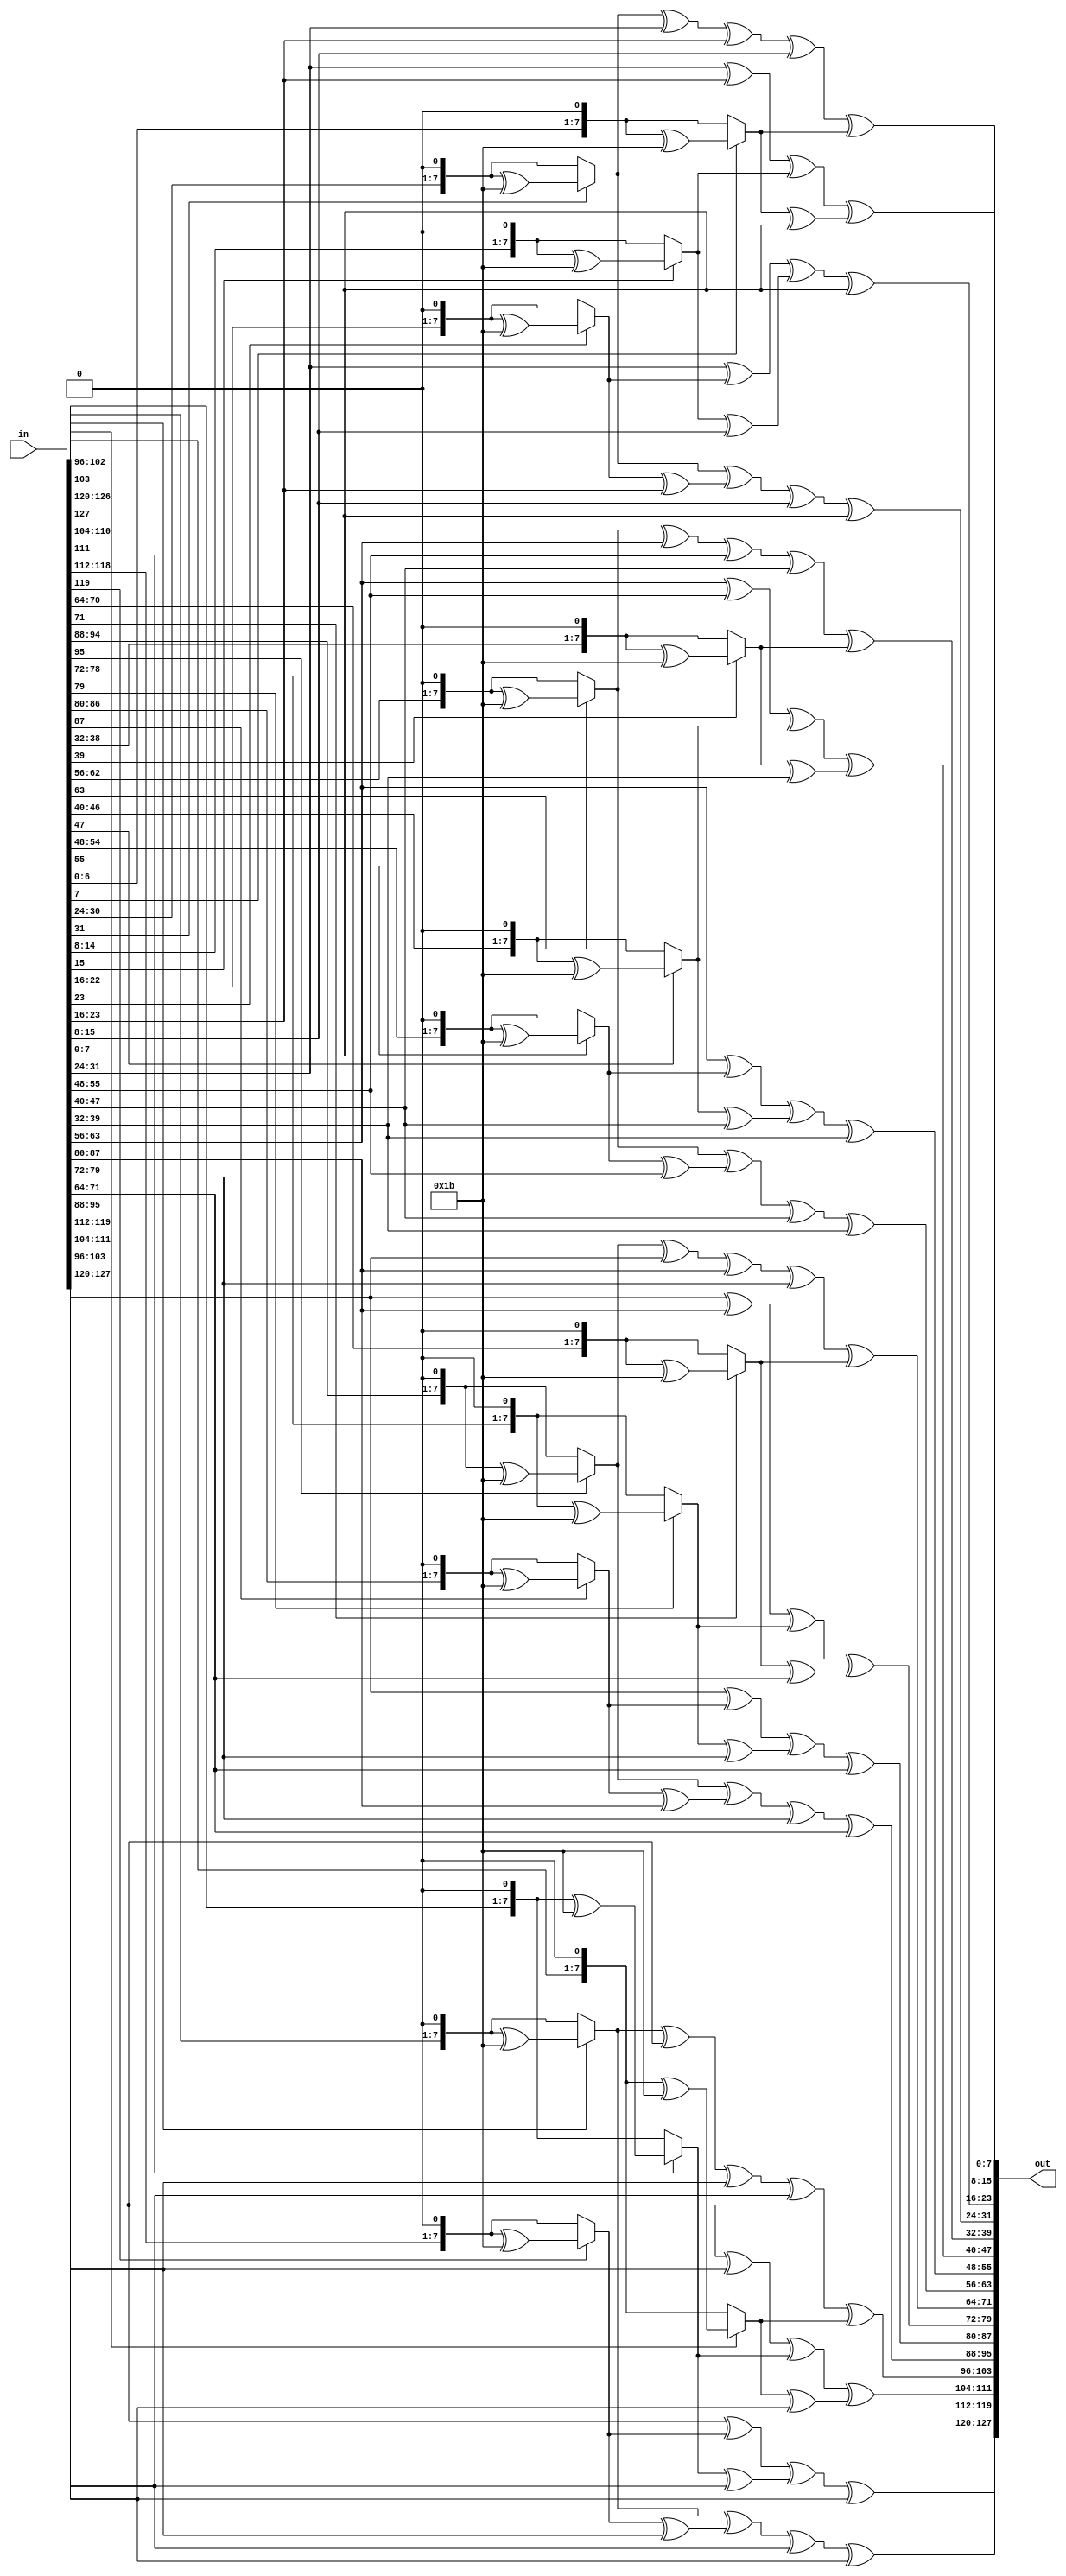
module mixColumns(in, out);

input [127:0] in;
output[127:0] out;

function [7:0] mb2;
	input [7:0] x;
	begin 
        // module x^8 + x^4 + x^3 + x + 1
        //    9'b(x << 1) xor 9'b(1'0001'1011)
        // => 8'b(x << 1) xor 8'b(0001'1011) (because x[8] = 1)
		if(x[7] == 1) 
            mb2 = ((x << 1) ^ 8'h1b);
		else 
            mb2 = x << 1; 
	end 	
endfunction

function [7:0] mb3;
    input [7:0] x;
    begin
        mb3 = mb2(x) ^ x;
    end 
endfunction

genvar i;

generate 
//MixColumns() can be written as a matrix multiplication in GF(2^8).
for(i = 0; i < 4; i = i + 1) begin :maxColumns_loop
    assign out[(i*32) + 24 +: 8] = mb2(in[(i*32) + 24 +: 8]) ^ mb3(in[(i*32) + 16 +: 8]) ^ in[(i*32) + 8 +: 8] ^ in[i*32 +: 8];
    assign out[(i*32) + 16 +: 8] = in[(i*32) + 24 +: 8] ^ mb2(in[(i*32) + 16 +: 8]) ^ mb3(in[(i*32) + 8 +: 8]) ^ in[i*32 +: 8];
    assign out[(i*32) + 8 +: 8] = in[(i*32) + 24 +: 8] ^ in[(i*32) + 16 +: 8] ^ mb2(in[(i*32) + 8 +: 8]) ^ mb3(in[i*32 +: 8]);
    assign out[i*32 +: 8] = mb3(in[(i*32) + 24 +: 8]) ^ in[(i*32) + 16 +: 8] ^ in[(i*32) + 8 +: 8] ^ mb2(in[i*32 +: 8]);
end
endgenerate

endmodule